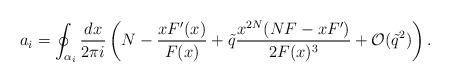
LaTeX: \begin{align*}a_{i} = \oint_{\alpha_{i}} \frac{dx}{2 \pi i} \left(N - \frac{x F^{\prime}(x)}{F(x)} + \tilde{q} \frac{x^{2N} (NF - x F^{\prime}) }{2F(x)^3} + \mathcal{O}(\tilde{q}^{2}) \right). \end{align*}